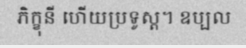
ភិក្ខុនី ហើយប្រទូស្ត។ ឧប្បល